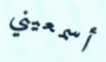
أسمعيني